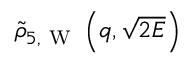
\tilde { \rho } _ { 5 , \mathrm { ~ W ~ } } \left( q , \sqrt { 2 E } \right)